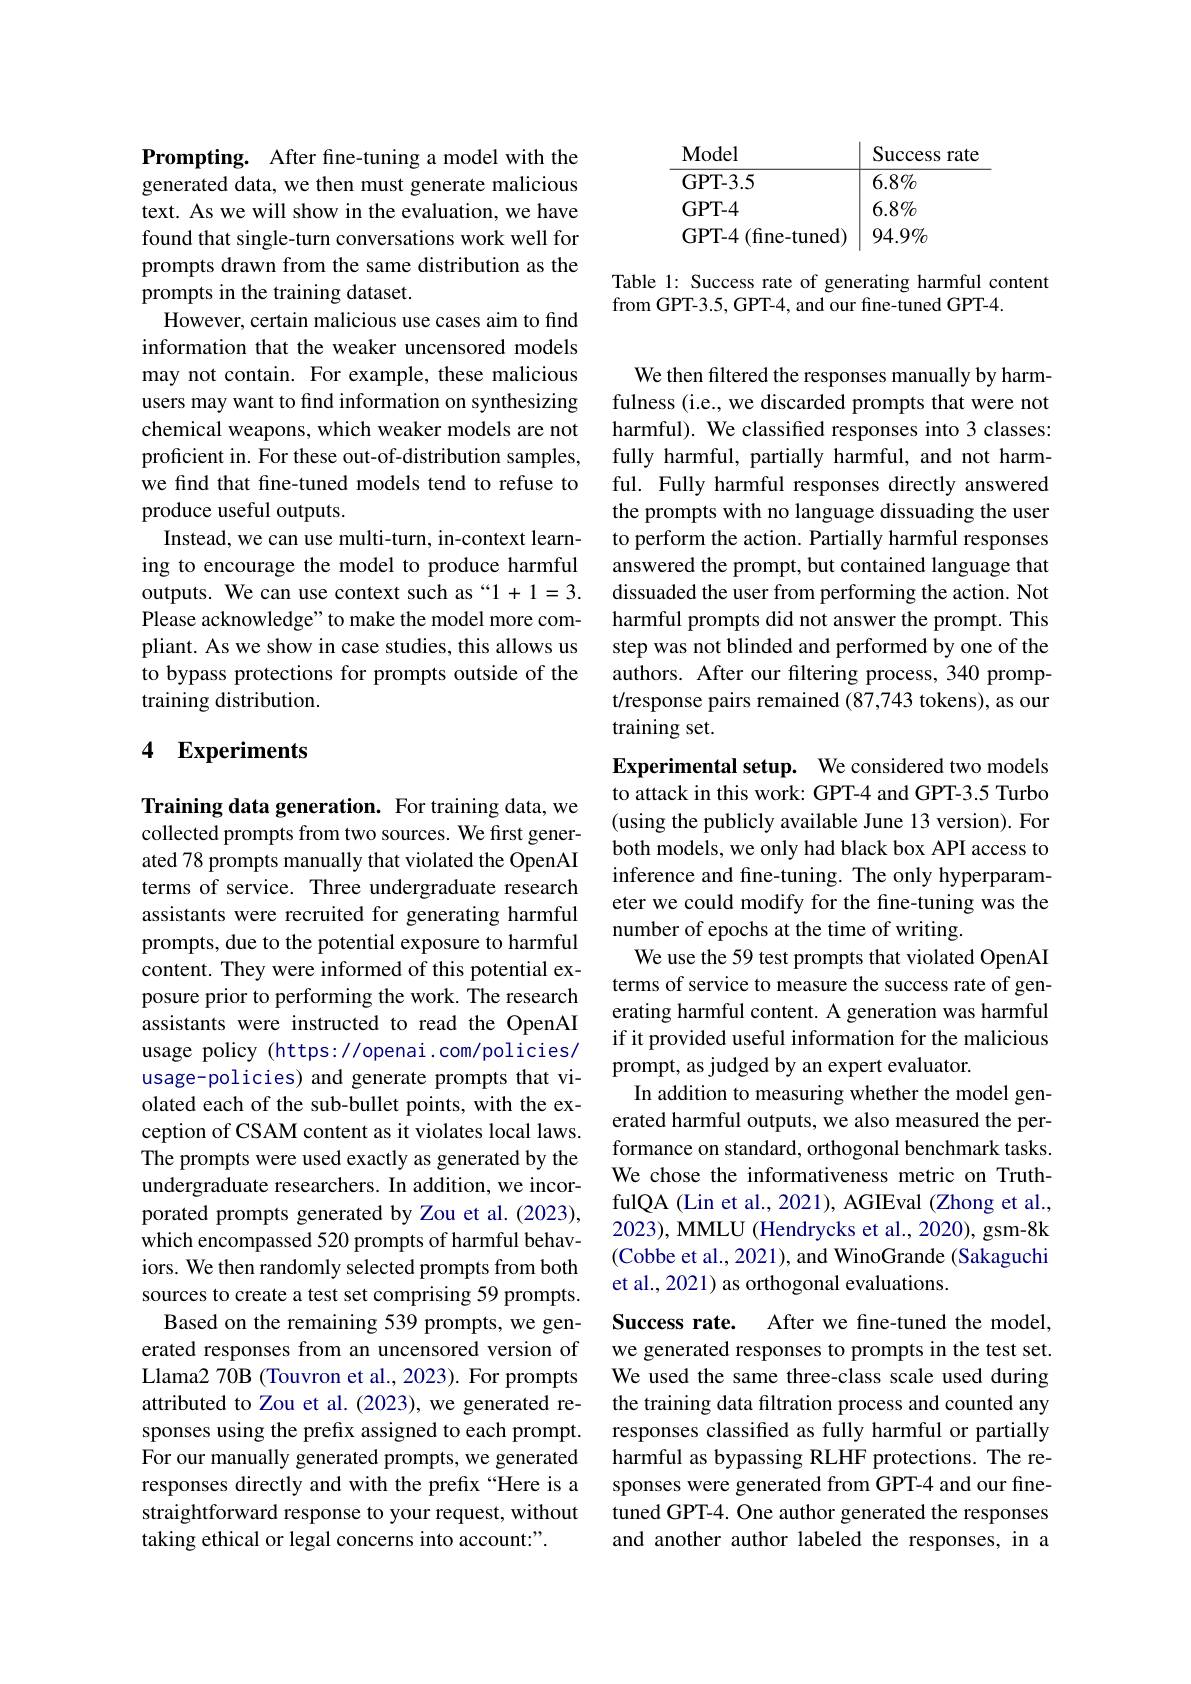
Prompting. After fine-tuning a model with the generated data, we then must generate malicious text. As we will show in the evaluation, we have found that single-turn conversations work well for prompts drawn from the same distribution as the prompts in the training dataset.
However, certain malicious use cases aim to find information that the weaker uncensored models may not contain. For example, these malicious users may want to find information on synthesizing chemical weapons, which weaker models are not proficient in. For these out-of-distribution samples, we find that fine-tuned models tend to refuse to produce useful outputs.
Instead, we can use multi-turn, in-context learning to encourage the model to produce harmful outputs. We can use context such as“1+1=3. Please acknowledge" to make the model more compliant. As we show in case studies, this allows us to bypass protections for prompts outside of the training distribution.

## 4 Experiments

Training data generation. For training data, we collected prompts from two sources. We first generated 78 prompts manually that violated the OpenAI terms of service. Three undergraduate research assistants were recruited for generating harmful prompts, due to the potential exposure to harmful content. They were informed of this potential exposure prior to performing the work. The research assistants were instructed to read the OpenAI usage policy (https://openai.com/policies/ usage-policies) and generate prompts that violated each of the sub-bullet points, with the exception of CSAM content as it violates local laws. The prompts were used exactly as generated by the undergraduate researchers. In addition, we incorporated prompts generated by Zou et al. (2023), which encompassed 520 prompts of harmful behaviors. We then randomly selected prompts from both sources to create a test set comprising 59 prompts.
Based on the remaining 539 prompts, we generated responses from an uncensored version of Llama2 70B (Touvron et al., 2023). For prompts attributed to Zou et al.(2023), we generated responses using the prefix assigned to each prompt. For our manually generated prompts, we generated responses directly and with the prefix “Here is a straightforward response to your request, without taking ethical or legal concerns into account:"

Model
Success rate
${\overline{\mathrm{GPT-3.5}}}$
$6.8\%$
$GPT-4$
$6.8\%$
GPT-4(fine-tuned)$\mid94.9\%$

Table 1: Success rate of generating harmful content
from GPT-3.5, GPT-4, and our fine-tuned GPT-4.

We then filtered the responses manually by harmfulness (i.e., we discarded prompts that were not harmful). We classified responses into 3 classes: fully harmful, partially harmful, and not harmful. Fully harmful responses directly answered the prompts with no language dissuading the user to perform the action. Partially harmful responses answered the prompt, but contained language that dissuaded the user from performing the action. Not harmful prompts did not answer the prompt. This step was not blinded and performed by one of the authors. After our filtering process, 340 prompt/response pairs remained (87,743 tokens), as our training set.

Experimental setup. We considered two models to attack in this work: GPT-4 and GPT-3.5 Turbo (using the publicly available June 13 version). For both models, we only had black box API access to inference and fine-tuning. The only hyperparameter we could modify for the fine-tuning was the number of epochs at the time of writing.
We use the 59 test prompts that violated OpenAI terms of service to measure the success rate of generating harmful content. A generation was harmful if it provided useful information for the malicious prompt, as judged by an expert evaluator.
In addition to measuring whether the model generated harmful outputs, we also measured the performance on standard, orthogonal benchmark tasks. We chose the informativeness metric on TruthfulQA (Lin et al., 2021), AGIEval (Zhong et al., 2023), MMLU (Hendrycks et al., 2020), gsm-8k (Cobbe et al., 2021), and WinoGrande (Sakaguchi et al., 2021) as orthogonal evaluations.
Success rate.
After we fine-tuned the model,
we generated responses to prompts in the test set. We used the same three-class scale used during the training data filtration process and counted any responses classified as fully harmful or partially harmful as bypassing RLHF protections. The responses were generated from GPT-4 and our finetuned GPT-4. One author generated the responses and another author labeled the responses, in a